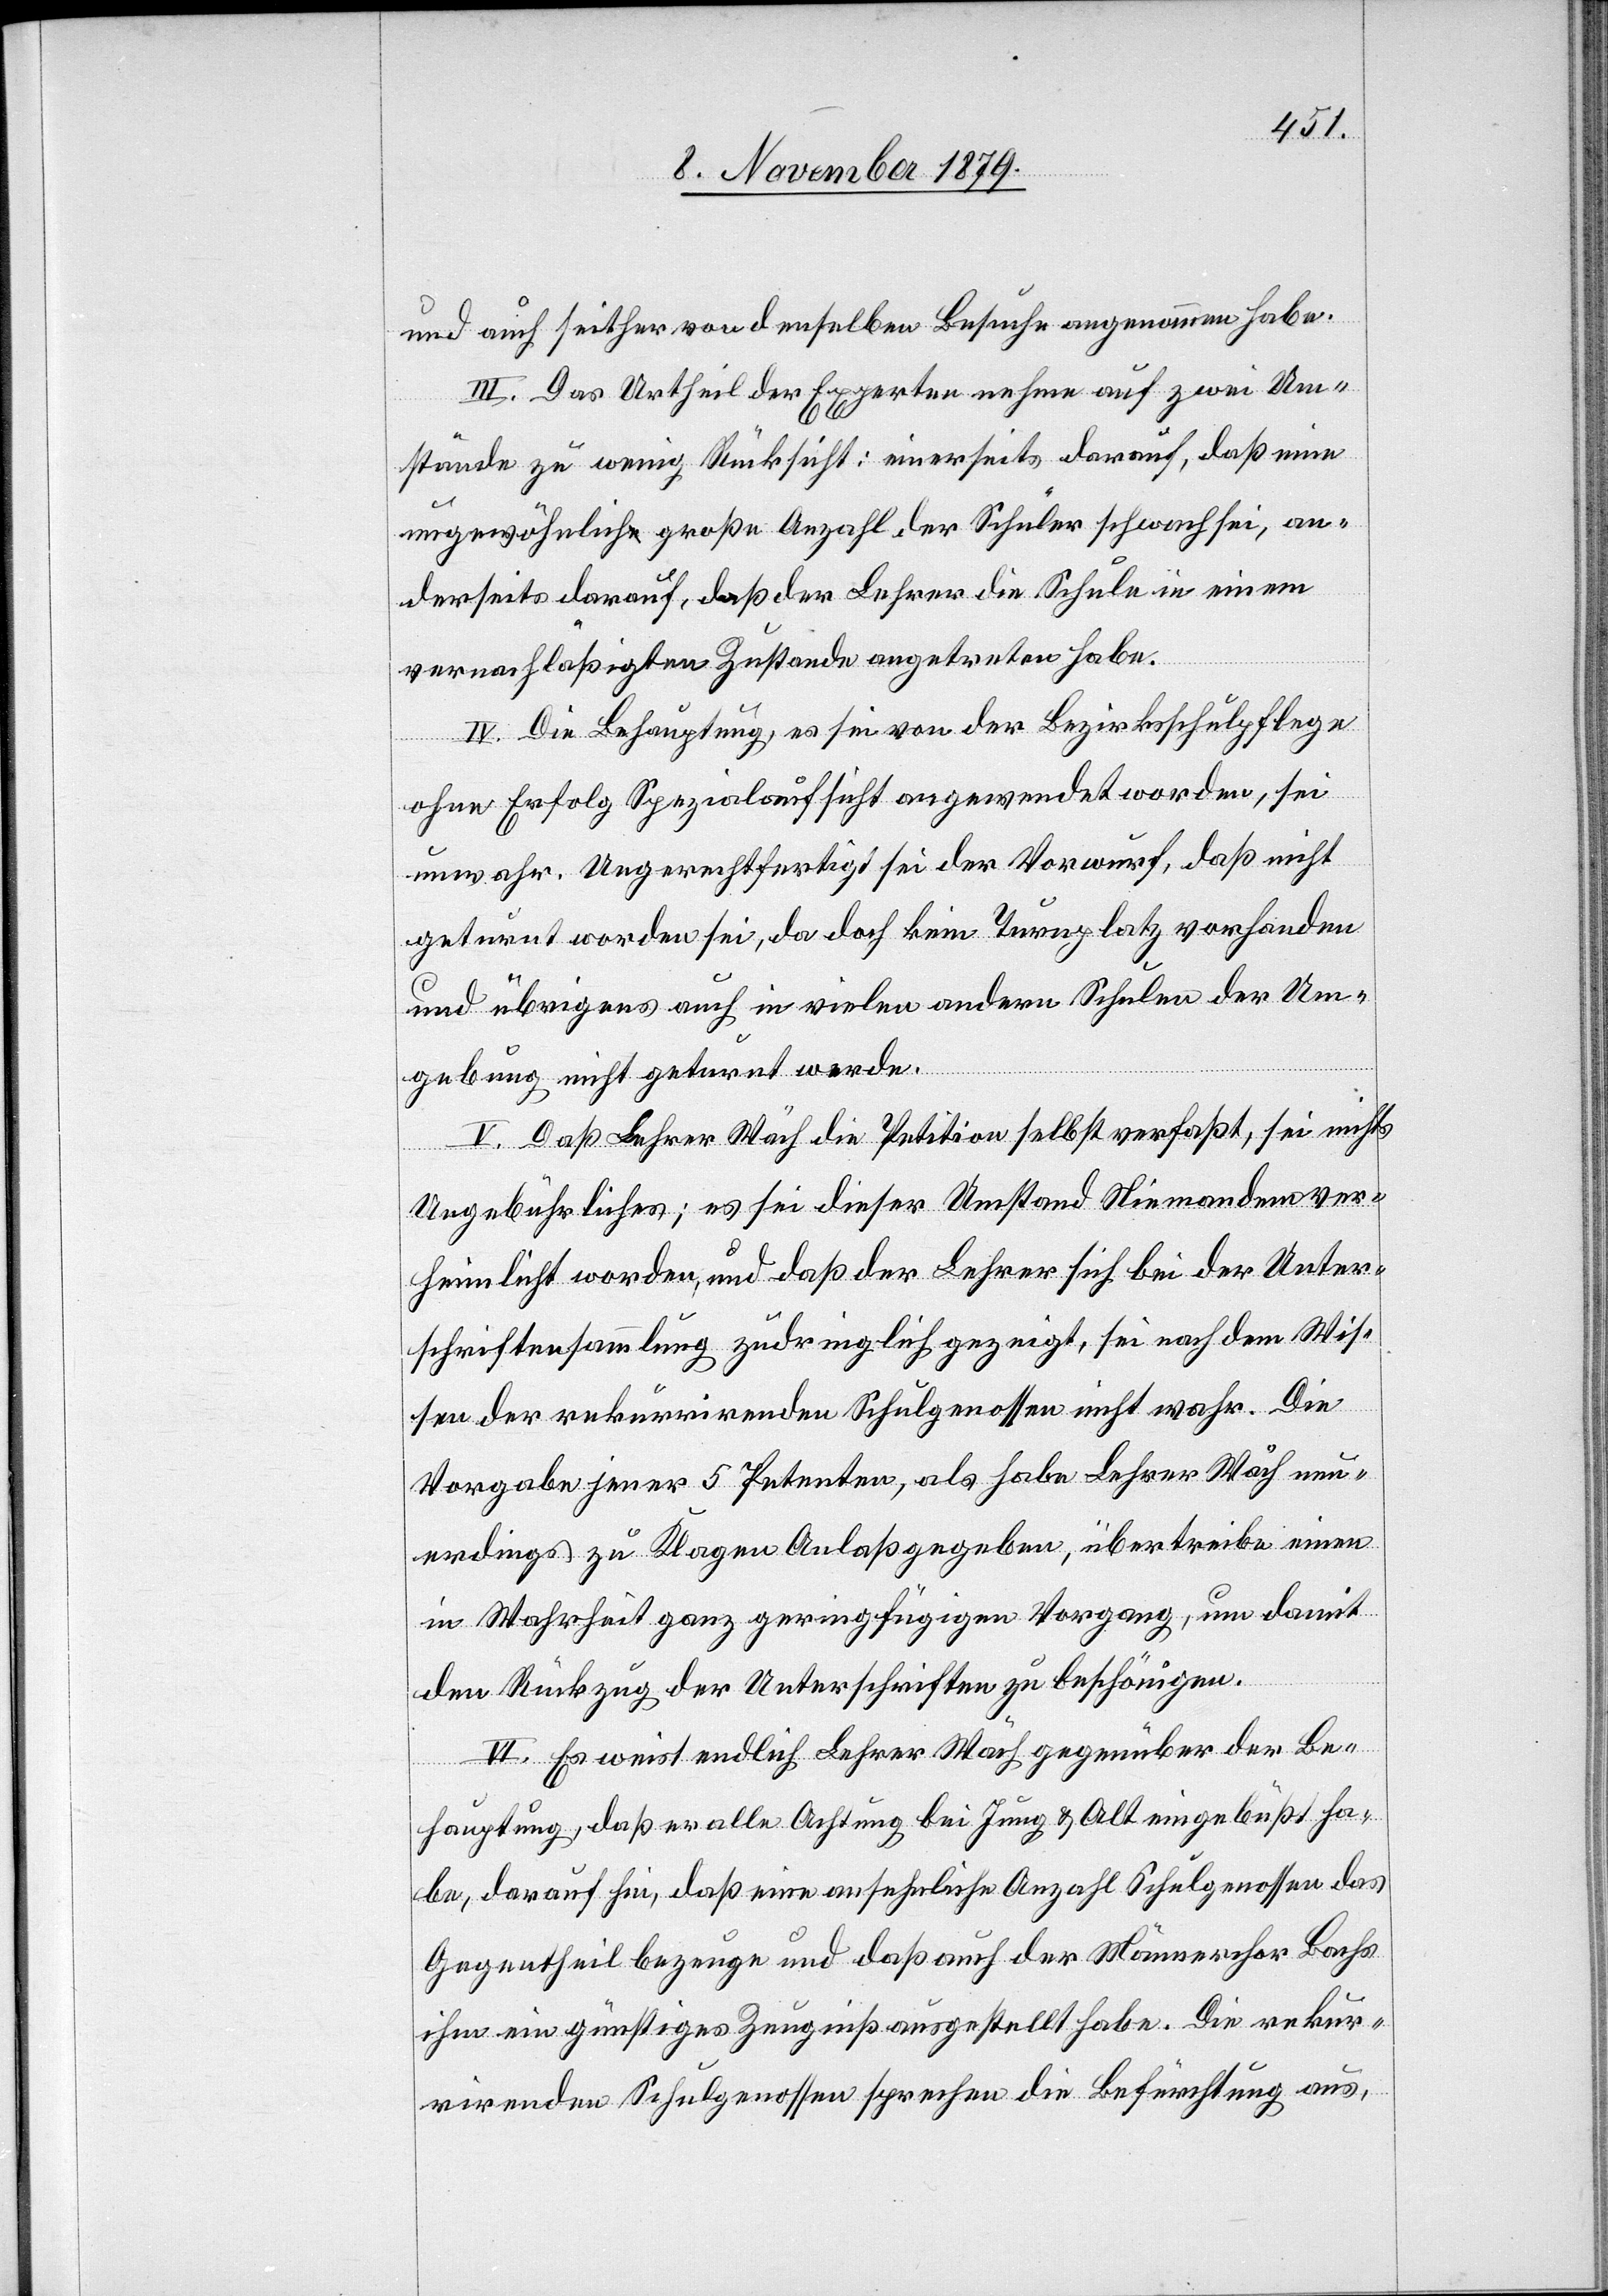
und auch seither von denselben Besuche angenommen habe
III. Das Urtheil der Experten nehme auf zwei Um¬
stände zu wenig Rücksicht: einerseits darauf, daß eine
ungewöhnlich große Anzahl der Schüler schwach sei, an¬
derseits darauf, daß der Lehrer die Schule in einem
vernachläßigten Zustande angetreten habe.
IV. Die Behauptung, es sei von der Bezirksschulpflege
ohne Erfolg Spezialaufsicht angewendet worden, sei
unwahr. Ungerechtfertigt sei der Vorwurf, daß nicht
geturnt worden sei, da doch kein Turnplatz vorhanden
und übrigens auch in vielen andern Schulen der Um¬
gebung nicht geturnt werde.
V. Daß Lehrer Wäch die Petition selbst verfaßt, sei nichts
Ungebührliches; es sei dieser Umstand Niemandem ver¬
heimlicht worden, und daß der Lehrer sich bei der Unter¬
schriftensammlung zudringlich gezeigt, sei nach dem Wis¬
sen der rekurrirenden Schulgenossen nicht wahr. Die
Vorgabe jener 5 Petenten, als habe Lehrer Wäch neu¬
erdings zu Klagen Anlaß gegeben, übertreibe einen
in Wahrheit ganz geringfügigen Vorgang, um damit
den Rückzug der Unterschriften zu beschönigen.
VI. Es weist endlich Lehrer Wäch gegenüber der Be¬
hauptung, daß er alle Achtung bei Jung & Alt eingebüßt ha¬
be, darauf hin, daß eine ansehnliche Anzahl Schulgenossen das
Gegentheil bezeugen und daß auch der Männerchor Bachs
ihm ein günstiges Zeugniß ausgestellt habe. Die rekur¬
rirenden Schulgenossen sprechen die Befürchtung aus,